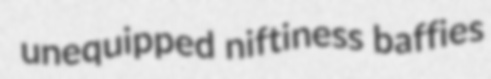
unequipped niftiness baffies